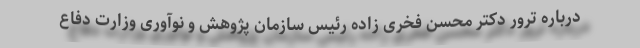
درباره ترور دکتر محسن فخری زاده رئیس سازمان پژوهش و نوآوری وزارت دفاع